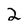
Character: 2